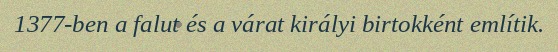
1377-ben a falut és a várat királyi birtokként említik.